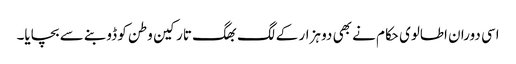
اسی دوران اطالوی حکام نے بھی دو ہزار کے لگ بھگ تارکین وطن کو ڈوبنے سے بچایا۔